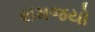
સમજયો